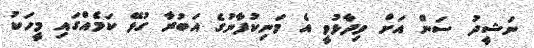
ނަޝީދު ސަން އަށް ވިދާޅުވީ އެ މަނިކުފާނުގެ އަބުރާ ގުޅޭ ކަމެއްގައި މީހަކު